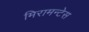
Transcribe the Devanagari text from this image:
मिरामन्टेस